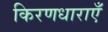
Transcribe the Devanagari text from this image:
किरणधाराएँ